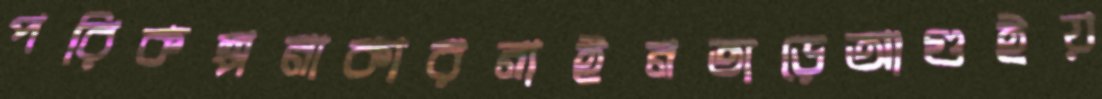
পরিকল্পনাকারনাইনতাড়েআগুইয়